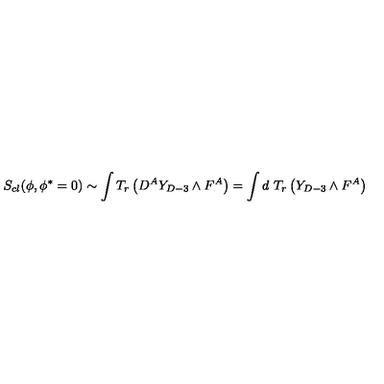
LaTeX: S _ { c l } ( \phi , \phi ^ { * } = 0 ) \sim \int T _ { r } \left( D ^ { A } Y _ { D - 3 } \wedge F ^ { A } \right) = \int d \ T _ { r } \left( Y _ { D - 3 } \wedge F ^ { A } \right)